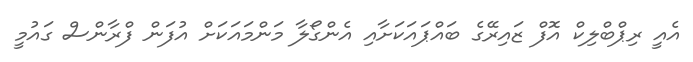
އެއީ ރިޕްބްލިކް އޮފް ޒައިރޭގެ ބައްޕައަކަށާއި އެންގޯލާ މަންމައަކަށް އުފަން ފްރާންސް ގައުމީ